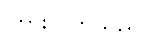
ကြားလိုက်သည်။